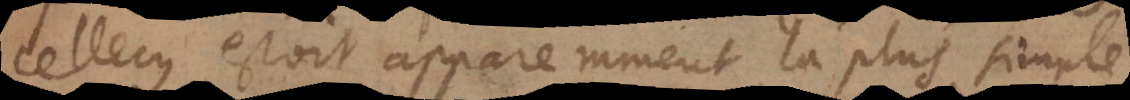
cellecy estoit apparemment la plus simple,